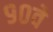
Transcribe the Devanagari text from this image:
९०वे